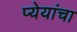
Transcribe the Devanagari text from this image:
प्येयांचा